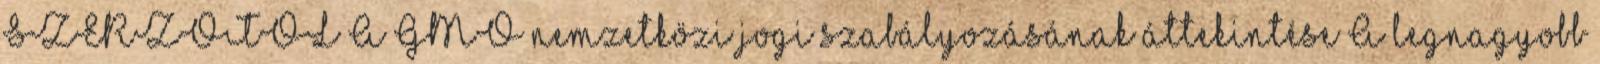
SZERZŐTŐL A GMO nemzetközi jogi szabályozásának áttekintése A legnagyobb